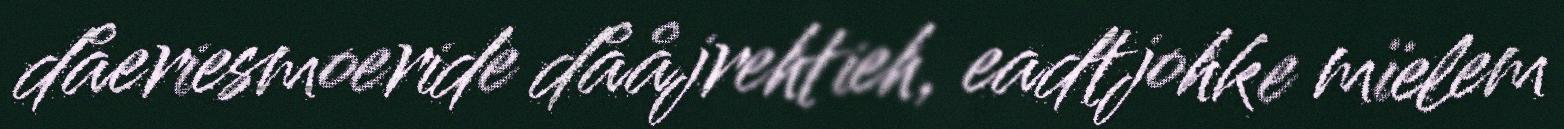
dåeriesmoeride dååjrehtieh, eadtjohke mïelem